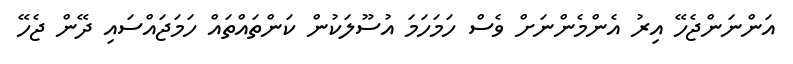
އަންނަންޖެހޭ އިރު އެންމެންނަށް ވެސް ހަމަހަމަ އުސޫލަކުން ކަންތައްތައް ހަމަޖައްސައި ދޭން ޖެހޭ